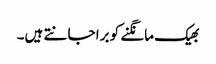
بھیک مانگنے کو برا جانتے ہیں۔